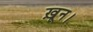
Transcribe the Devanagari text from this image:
ख़ून।